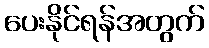
ပေးနိုင်ရန်အတွက်